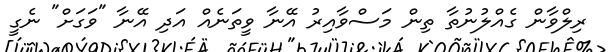
ރިލްވާން ގެއްލުނުތާ ތިން މަސްވާއިރު އޭނާ ވީތަނެއް އަދި އޭނާ "ވަގަށް" ނެގީ